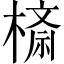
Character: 𣙮